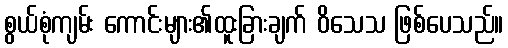
စွယ်စုံကျမ်း ကောင်းများ၏ထူးခြားချက် ဝိသေသ ဖြစ်ပေသည်။